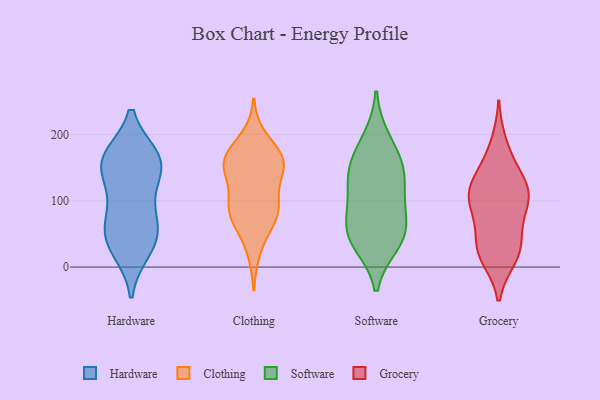
{"axis": {"x": "Page Views", "y": "Value"}, "legend": ["Clothing", "Grocery", "Hardware", "Software"], "data": [{"x": "", "y": 159, "type": "Hardware"}, {"x": "", "y": 51, "type": "Hardware"}, {"x": "", "y": 165, "type": "Hardware"}, {"x": "", "y": 26, "type": "Hardware"}, {"x": "", "y": 153, "type": "Hardware"}, {"x": "", "y": 162, "type": "Hardware"}, {"x": "", "y": 51, "type": "Hardware"}, {"x": "", "y": 90, "type": "Hardware"}, {"x": "", "y": 34, "type": "Hardware"}, {"x": "", "y": 162, "type": "Hardware"}, {"x": "", "y": 71, "type": "Hardware"}, {"x": "", "y": 128, "type": "Hardware"}, {"x": "", "y": 166, "type": "Clothing"}, {"x": "", "y": 155, "type": "Clothing"}, {"x": "", "y": 133, "type": "Clothing"}, {"x": "", "y": 175, "type": "Clothing"}, {"x": "", "y": 80, "type": "Clothing"}, {"x": "", "y": 23, "type": "Clothing"}, {"x": "", "y": 81, "type": "Clothing"}, {"x": "", "y": 158, "type": "Clothing"}, {"x": "", "y": 196, "type": "Clothing"}, {"x": "", "y": 151, "type": "Clothing"}, {"x": "", "y": 91, "type": "Clothing"}, {"x": "", "y": 157, "type": "Clothing"}, {"x": "", "y": 77, "type": "Clothing"}, {"x": "", "y": 111, "type": "Clothing"}, {"x": "", "y": 91, "type": "Clothing"}, {"x": "", "y": 156, "type": "Clothing"}, {"x": "", "y": 59, "type": "Clothing"}, {"x": "", "y": 49, "type": "Software"}, {"x": "", "y": 192, "type": "Software"}, {"x": "", "y": 152, "type": "Software"}, {"x": "", "y": 49, "type": "Software"}, {"x": "", "y": 106, "type": "Software"}, {"x": "", "y": 153, "type": "Software"}, {"x": "", "y": 99, "type": "Software"}, {"x": "", "y": 58, "type": "Software"}, {"x": "", "y": 142, "type": "Software"}, {"x": "", "y": 37, "type": "Software"}, {"x": "", "y": 133, "type": "Grocery"}, {"x": "", "y": 14, "type": "Grocery"}, {"x": "", "y": 93, "type": "Grocery"}, {"x": "", "y": 36, "type": "Grocery"}, {"x": "", "y": 98, "type": "Grocery"}, {"x": "", "y": 16, "type": "Grocery"}, {"x": "", "y": 110, "type": "Grocery"}, {"x": "", "y": 93, "type": "Grocery"}, {"x": "", "y": 159, "type": "Grocery"}, {"x": "", "y": 128, "type": "Grocery"}, {"x": "", "y": 105, "type": "Grocery"}, {"x": "", "y": 60, "type": "Grocery"}, {"x": "", "y": 187, "type": "Grocery"}, {"x": "", "y": 122, "type": "Grocery"}, {"x": "", "y": 22, "type": "Grocery"}, {"x": "", "y": 35, "type": "Grocery"}]}